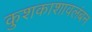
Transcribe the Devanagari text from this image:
कुशकाशावलंबन